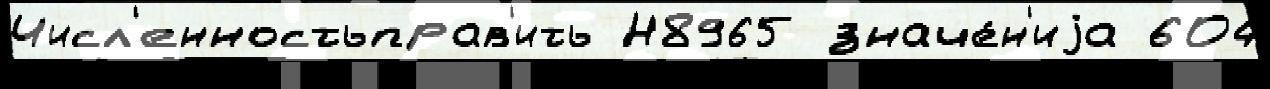
Числ'енностьправ'ить Н8965 значе́н'иjа 604